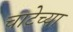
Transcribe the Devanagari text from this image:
चाटेच्या